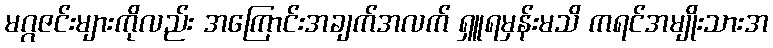
မဂ္ဂဇင်းများကိုလည်း အကြောင်းအချက်အလက် ရှူရမှန်းမသိ ကရင်အမျိုးသားအ